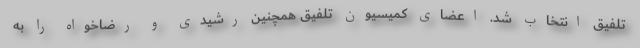
تلفیق انتخاب شد. اعضای کمیسیون تلفیق همچنین رشیدی و رضاخواه را به